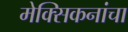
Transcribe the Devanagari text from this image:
मेक्सिकनांचा